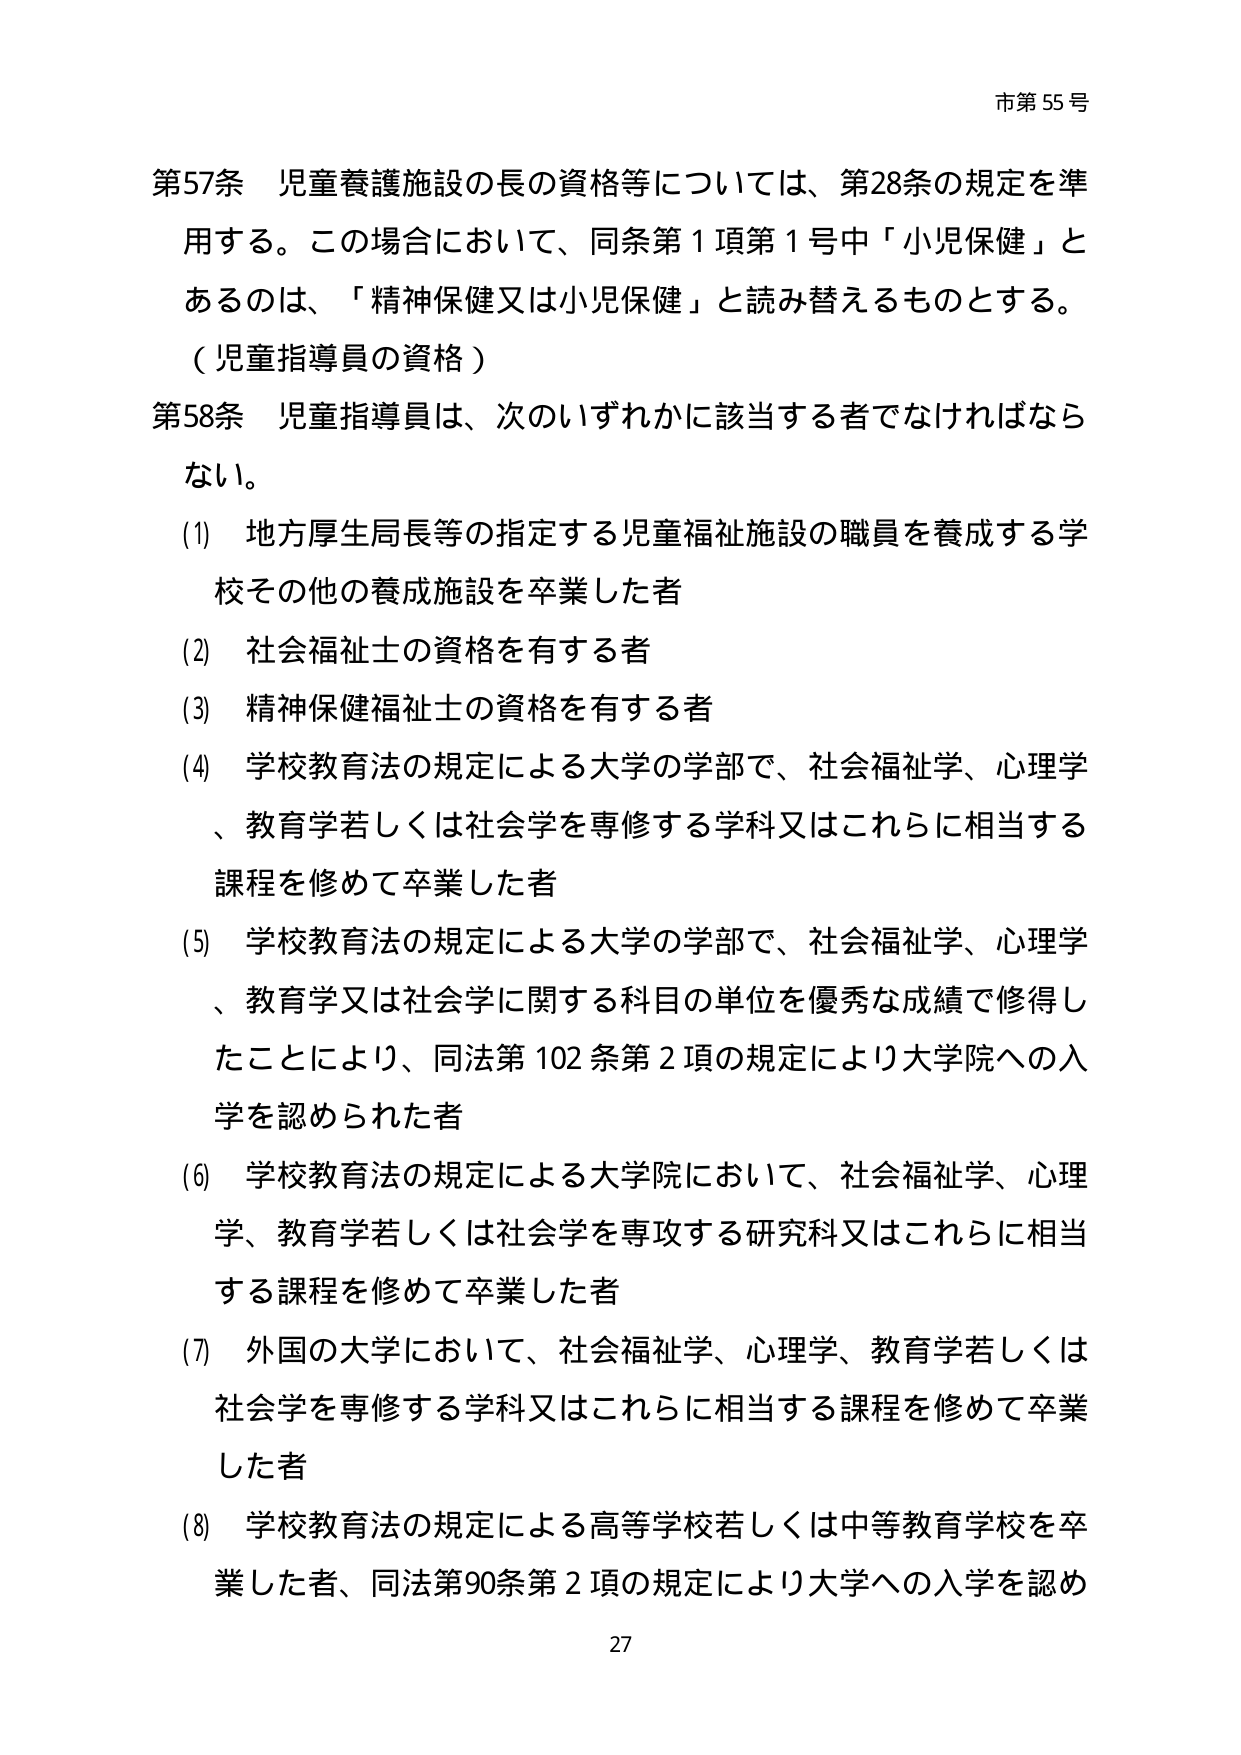
市第55号

第57条 児童養護施設の長の資格等については、第28条の規定を準用する。この場合において、同条第1項第1号中「小児保健」とあるのは、「精神保健又は小児保健」と読み替えるものとする。

（児童指導員の資格）

第58条 児童指導員は、次のいずれかに該当する者でなければならない。

(1) 地方厚生局長等の指定する児童福祉施設の職員を養成する学校その他の養成施設を卒業した者

(2) 社会福祉士の資格を有する者

(3) 精神保健福祉士の資格を有する者

(4) 学校教育法の規定による大学の学部で、社会福祉学、心理学、教育学若しくは社会学を専修する学科又はこれらに相当する課程を修めて卒業した者

(5) 学校教育法の規定による大学の学部で、社会福祉学、心理学、教育学又は社会学に関する科目の単位を優秀な成績で修得したことにより、同法第102条第2項の規定により大学院への入学を認められた者

(6) 学校教育法の規定による大学院において、社会福祉学、心理学、教育学若しくは社会学を専攻する研究科又はこれらに相当する課程を修めて卒業した者

(7) 外国の大学において、社会福祉学、心理学、教育学若しくは社会学を専修する学科又はこれらに相当する課程を修めて卒業した者

(8) 学校教育法の規定による高等学校若しくは中等教育学校を卒業した者、同法第90条第2項の規定により大学への入学を認め

27